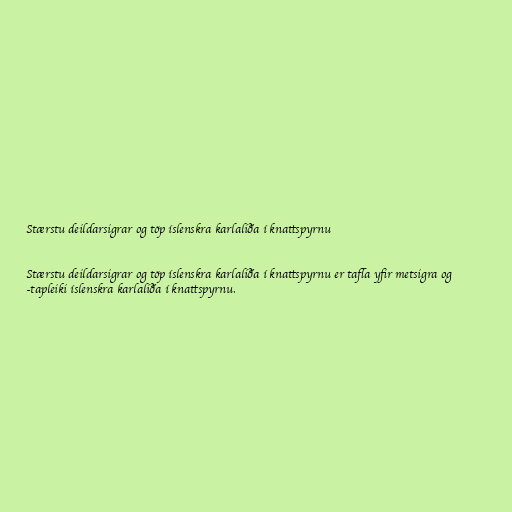
Stærstu deildarsigrar og töp íslenskra karlaliða í knattspyrnu

Stærstu deildarsigrar og töp íslenskra karlaliða í knattspyrnu er tafla yfir metsigra og
-tapleiki íslenskra karlaliða í knattspyrnu.